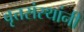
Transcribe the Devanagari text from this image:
वृत्तसंस्थांनी